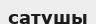
сатушы